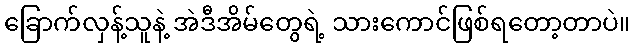
ခြောက်လှန့်သူနဲ့ အဲဒီအိမ်တွေရဲ့ သားကောင်ဖြစ်ရတော့တာပဲ။